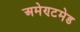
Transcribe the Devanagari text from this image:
अमेण्टमेड